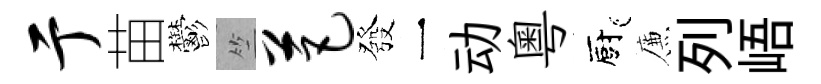
亍苗鬱竺芭發一动粵廚簾列峿